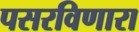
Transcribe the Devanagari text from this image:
पसरविणारा